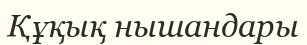
Құқық нышандары